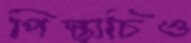
পিস্তাচিও